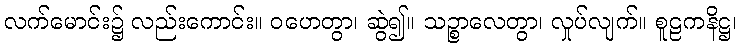
လက်မောင်း၌ လည်းကောင်း။ ဝဟေတွာ၊ ဆွဲ၍။ သဉ္စာလေတွာ၊ လှုပ်လျက်။ စူဠကနိဋ္ဌ၊